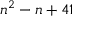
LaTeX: n ^ { 2 } - n + 4 1